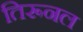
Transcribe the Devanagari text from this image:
तिरूनल